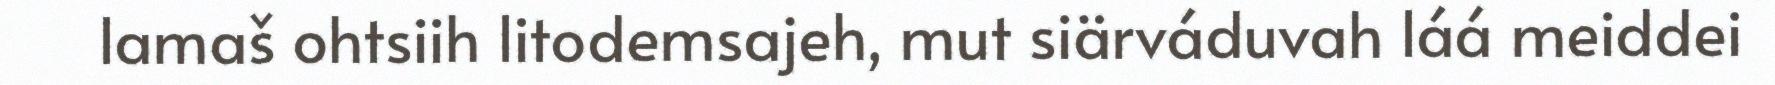
lamaš ohtsiih litodemsajeh, mut siärváduvah láá meiddei